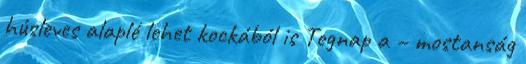
húsleves alaplé lehet kockából is Tegnap a – mostanság